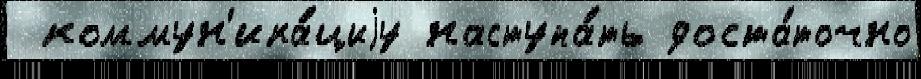
 коммун'ика́циjу наступа́ть доста́точно